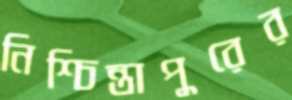
নিশ্চিন্তাপুরের